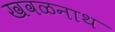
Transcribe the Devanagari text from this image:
खवळनाथ